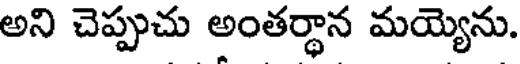
అని చెప్పుచు అంతర్థాన మయ్యెను.